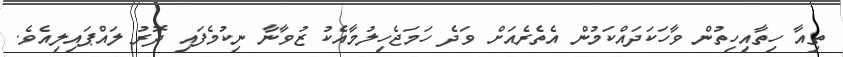
ތިއާ ހިތާއިހިތުން ވާހަކަދައްކަމުން އެތެރެއަށް ވަދެ ހަމަޖެހިލުމާއެކު ޒުވާނާ ނިކުމެފައި ދޮރު ލައްޕައިލިއެވެ.